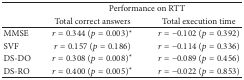
<table><thead><tr><td><b> </b></td><td colspan="2"><b>Performance on RTT </b></td></tr><tr><td><b> </b></td><td><b>Total correct answers</b></td><td><b>Total execution time</b></td></tr></thead><tbody><tr><td>MMSE</td><td><i>r</i> = 0.344 (<i>p</i> = 0.003)<sup><i>∗</i></sup></td><td><i>r</i> = −0.102 (<i>p</i> = 0.392)</td></tr><tr><td>SVF</td><td><i>r</i> = 0.157 (<i>p</i> = 0.186)</td><td><i>r</i> = −0.114 (<i>p</i> = 0.336)</td></tr><tr><td>DS-DO</td><td><i>r</i> = 0.308 (<i>p</i> = 0.008)<sup><i>∗</i></sup></td><td><i>r</i> = −0.089 (<i>p</i> = 0.456)</td></tr><tr><td>DS-RO</td><td><i>r</i> = 0.400 (<i>p</i> = 0.005)<sup><i>∗</i></sup></td><td><i>r</i> = −0.022 (<i>p</i> = 0.853)</td></tr></tbody></table>